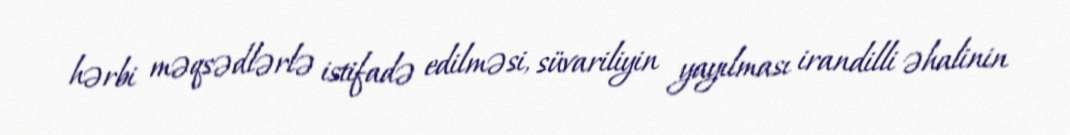
hərbi məqsədlərlə istifadə edilməsi, süvariliyin yayılması irandilli əhalinin